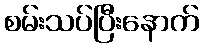
စမ်းသပ်ပြီးနောက်